Vital statistics of India. Vol. VI, European troops 1870-79
Year: 1870
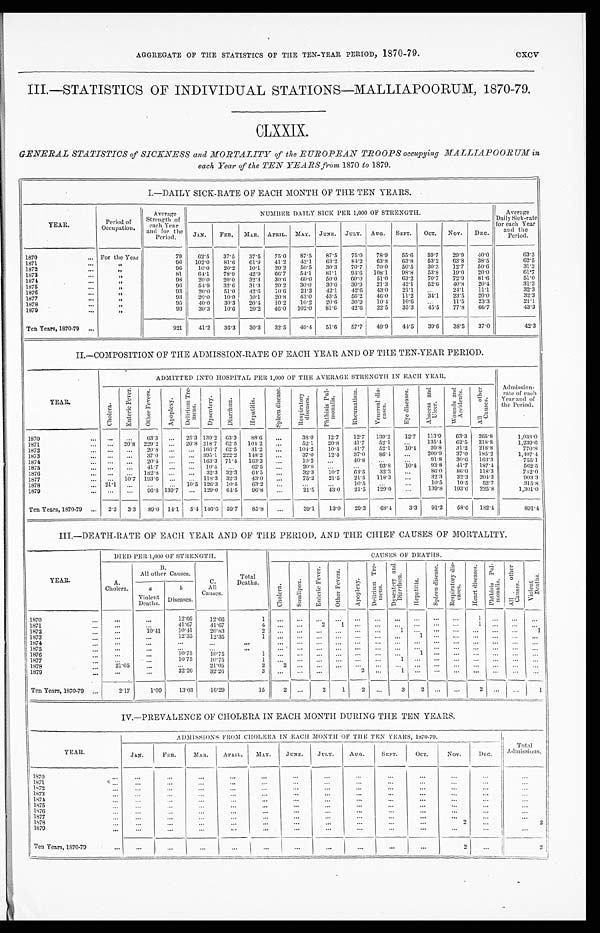
AGGREGATE OF THE STATISTICS OF THE TEN-YEAR PERIOD, 1870-79.
cxcv
III.—STATISTICS OF INDIVIDUAL STATIONS—MALLIAPOORUM, 1870-79.
CLXXIX.
GENERAL STATISTICS of SICKNESS and MORTALITY of the EUROPEAN TROOPS occupying MALLIAPOORUM in
each Year of the TEN YEARS from 1870 to 1879.
I.—DAILY SICK-RATE OF EACH MONTH OF THE TEN YEARS.
YEAR.
Period of
Occupation.
Average
Strength of
each Year
and for the
Period.
NUMBER DAILY SICK PER 1,000 OF STRENGTH.
Average Da i l y Si c k- r a t e
f or each Year
and the
Period.
JAN. FEB.
MAR. APRIL. MAY. JUNE. JULY. AUG. SEPT. OCT. NOV. DEC.
1870
For the Year
79
62.5
37.5
37.5 75.0 8 8 7 . 5 8
87.5 75.0 7
78.9
55.6 59.7
29.9 40.0
63.3
1871
"
96 102.0
81.6 61.9 41.2
42.1
63.2 84.2 63.8
63.8
53.2 63.8
3 8 . 5
6 2 . 5
1872
"
96
10.0
20.2 10.1
20.2
50.5 30.3 70.7 70.0
50.5
30.3
12.7 50.6
31.3
1873
"
8 1
64.1
78.9
42.9
66.7
54.1
81.1 94.6 108.1 98.8
53.8
19.0 20.0
61.7
1874
"
98
20.0
20.0 32.3
30.6
60.0
5 0 . 0 60.0
51.0
63.2
70.7 72.9 81.6
51.0
1875
"
96
54.9 32.6 31.3
20.2
30.0
30.0 30.9
21.3
42.1
52.6 40.8 20.4
31.3
1876
"
9 3
20.0
51.0 42.6
10.6
21.3
42.1
42.6 43.0
21.1
. . . 24.1
11.1
32.3
1877
"
9 3
20.0
10.0
10.1
20.8 43.0 43.5
56.2 46.0
11.2
34.1 23.5 20.0
3 2 . 3
1878
"
95
40.0
30.3 20.4
10.2
10.2
20.6
30.9
10.4 10.6 ...
11.5
23.3
21.1
1879
"
9 3
30.3
10.6
20.2 46.0 102.0 81.6
42.6 22.5
35.3
45.5 77.8
6 6 . 7
4 3 . 3
Ten Years, 1870-79
9 2 1
41.2 36.3 30.3
32.5 49.4 51.6 57.7 49.9
44.5
39.6 38.5 37.0
42.3
II.—COMPOSITION OF THE ADMISSION-RATE OF EACH YEAR AND OF THE TEN-YEAR PERIOD.
YEAR.
ADMITTED INTO HOSPITAL PER 1,000 OF THE AVERAGE STRENGTH IN EACH YEAR.
Admission-
rate of each
Year and of
the
Period.
C h o l e r a .
E n t e r i c F e v e r .
O t h e r F e v e r s .
A p o p l e x y .
D e l i r i u m T r e -
m e n s .
D y s e n t e r y .
D i a r r h œ a .
H e p a t i t i s .
S p l e e n d i s e a s e .
R e s p i r a t o r y
d i s e a s e s .
P h t h i s i s P u l -
m o n a l i s .
R h e u m a t i s m .
V e n e r e a l d i s -
e a s e s .
E y e d i s e a s e s .
A b s c e s s a n d U l c e r .
Wo u n d s a n d
Ac c i de nt s .
A l l o t h e r
C a u s e s .
1870
... ...
63.3 ... 25.3 139.2 63.3
88.6 ...
38.0
12.7
12.7 139.2
12.7 113.9
135'4
63.3 265.8
1,038.0
1871
... 20.8 229.2 ... 20.8 218.7 62.5 104.2 ...
52.1
20.8
41.7
52.1
. . .
1 3 5 . 4
6 2 . 5 218.8
1,239.6
1872
... ...
20.8 ...
... 166.7 62.5
31.2 ...
104.2
10.4
4 1 . 7 52.1 10.4
20.8
31.2 218.8
770.8
1873
... ...
37.0 ... ... 395.1 222.2 148.2
. . .
37.0
12.4
37.0
86.4 ...
2 0 9 . 9
3 7 . 0 185.2
1 , 4 0 7 . 4
1874
... ...
20.4 . . .
... 163.3 71.4 163.3 ...
1 0 . 2 ...
40.8
. . .
. . .
9 1 . 8
3 0 . 6 163.3
7 5 5 . 1
1875
... ...
41.7 . . .
... 10.4 ...
62.5 ...
20.8 ...
...
9 3 . 8 10.4
9 3 . 8
4 1 . 7 187.4
5 6 2 . 5
1876
. . . ...
182.8 ...
...
3 2 . 3
3 2 . 3 64.5
. . .
32.3
10.7
64.5
32.3
...
8 6 . 0
8 6 . 0 118.3
742.0
1877
... 10.7 193.6 ... ... 118.3 32.3
43.0
. . .
75.2
21.5
2 1 . 5 118.3
...
3 2 . 3
3 2 . 3 204.3
903.3
1878
21.1 ... ...
... 10.5 126.3 10.5
63.2
. . .
...
...
10.5
...
...
10.5
1 0 . 5 52.7
315.8
1879
... ...
96.8 139.7 ... 129.0 64.5 96.8 ...
21.5
43.0
2 1 . 5 129.0 ...
1 3 9 . 8 193.6 225.8
1,301.0
Ten Years, 1870-79
2.2 3.3 89.0 14.1 5.4 146.6 59.7
85.8 ...
39.1
13.0
29.3
68.4
3.3 91.2
58.6 182.4
891.4
III.—DEATH-RATE OF EACH YEAR AND OF THE PERIOD, AND THE CHIEF CAUSES OF MORTALITY.
YEAR.
DIED PER 1,000 OF STRENGTH.
Total
Deaths.
CAUSES OF DEATHS.
A .
C h o l e r a .
B .
A l l o t h e r C a u s e s .
C.
All
Causes.
C h o l e r a .
S m a l l p o x .
E n t e r i c F e v e r .
O t h e r F e v e r s .
A p o p l e x y .
D e l i r i u m T r e -
m e n s .
D y s e n t e r y a n d
D i a r r h œ a .
H e p a t i t i s .
S p l e e n d i s e a s e . R e s p i r a t o r y d i s -
eas es .
H e a r t d i s e a s e s . P h t h i s i s P u l -
monal i s .
A l l o t h e r
C a u s e s .
V i o l e n t
D e a t h s .
a
Violent
Deaths.
b
Diseases.
1870
...
...
12.66
12.66
1 ...
. . . ...
. . .
. . .
. . . ...
...
. . .
...
1 ...
. . . ...
1871
...
...
41.67
4 1 . 6 7
4 ...
. . .
2
1
. . .
. . .
. . .
. . .
. . . ... 1 ...
. . .
. . .
1872
...
10.41
10.41
2 0 . 8 3
2 ...
. . .
. . . . . .
. . . ...
1
. . .
. . . ... ... ...
. . .
1
1873
...
...
12.35
12.35
1 ...
. . .
. . .
. . .
. . .
. . .
. . .
1
. . . ... ... ...
. . .
. . .
1874
...
...
...
...
. . .
. . .
. . . ... ....
. . .
. . .
. . . ... ... ... ... ...
. . . ...
1875
...
...
. . . ...
...
...
. . . ...
. . .
. . .
. . .
. . .
. . .
. . . ...
... ...
. . . ...
1876
...
...
10.75
10.75
1
...
. . . ...
. . .
. . .
. . .
. . .
1
. . . ...
... ...
. . .
. . .
1877
...
...
10.75
1 0 . 7 5
1
. . .
. . .
. . .
. . .
. . .
. . .
1
. . .
. . . ...
... ...
. . . . . .
1878
21.05
...
. . . 21.05
2 2
. . . ...
. . .
. . .
. . . ... ... ...
...
...
...
. . . ...
1879
... .
...
32.26
32.26
3 ...
. . . ...
—
. . .
2
. . .
1
. . .
. . .
... ... ...
. . . . . .
Ten Years, 1870-79
2.17
1.09
13.03
16.29
15
2 ..
2
1
2 ...
3
2
. . .
... 2 ...
. . . 1
IV.—PREVALENCE OF CHOLERA IN EACH MONTH DURING THE TEN YEARS.
YEAR
ADMISSIONS FROM CHOLERA IN EACH MONTH OF THE TEN YEARS, 1870-79.
Total
Admissions.
JAN.
FEB.
MAR.
APRIL. MAY.
JUNE.
JULY.
AUG.
SEPT.
OCT.
NOV.
DEC.
1870
. . .
. . .
. . .
. . .
. . .
. . .
. . .
. . .
. . .
...
. . .
. . .
. . .
1871
. . .
. . .
. . .
...
. . .
. . .
. . .
. . .
. . . ...
. . .
. . .
. . .
1872
. . .
. . .
. . .
...
. . .
. . .
. . .
. . .
. . .
...
. . .
. . .
. . .
1873
. . .
. . .
. . .
. . .
. . .
. . .
. . .
. . .
. . .
...
. . .
. . .
. . .
1874
. . .
. . .
. . .
. . .
. . .
. . .
. . .
. . .
. . . ...
. . .
. . .
. . .
1875
. . .
. . .
. . .
. . .
. . .
. . .
. . .
. . .
. . .
...
. . .
. . .
. . .
1876
. . .
. . .
. . .
. . .
. . .
. . .
. . .
. . .
. . . ...
. . .
. . .
. . .
1877
. . .
. . .
. . .
...
. . .
. . .
. . .
. . .
. . .
...
. . .
. . .
. . .
1878
. . .
. . .
. . .
...
. . .
. . .
. . .
. . .
. . .
...
2
. . .
2
1879
. . .
. . .
. . .
. . .
. . .
. . .
. . .
. . .
. . .
...
. . .
. . .
. . .
Ten Years, 1870-79
. . .
. . .
. . .
. . .
. . .
. . .
. . .
. . .
. . .
...
2
. . .
2